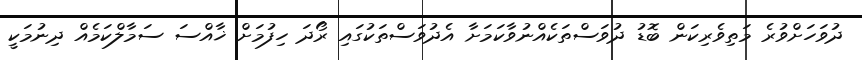
ދުވަހަށްވުރެ މަތިވެރިކަން ބޮޑު ދުވަސްތަކެއްނުވާކަމަށާ އެދުވަސްތަކުގައި ރޯދަ ހިފުމަށް ޚާއްސަ ސަމާލްކަމެއް ދިނުމަކީ